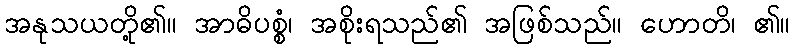
အနုသယတို့၏။ အာဓိပစ္စံ၊ အစိုးရသည်၏ အဖြစ်သည်။ ဟောတိ၊ ၏။